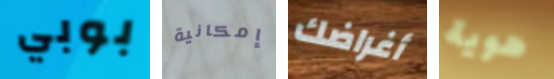
بوبي إمكانية أغراضك هوية